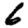
Digit: 6